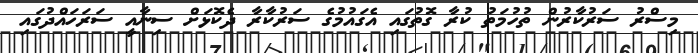
މިސްރު ސަރުކާރުން ތުހުމަތު ކުރާ ގޮތުގައި އެގައުމުގެ ސަރުކާރާ ދެކޮޅަށް ސިނާއީ ސަރަހައްދުގައި